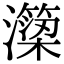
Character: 𭳣